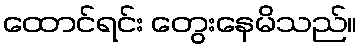
ထောင်ရင်း တွေးနေမိသည်။